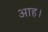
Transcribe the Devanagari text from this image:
आह।